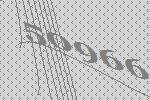
50966